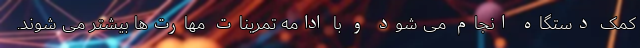
کمک دستگاه انجام می شود و با ادامه تمرینات مهارت‌ها بیشتر می شوند.